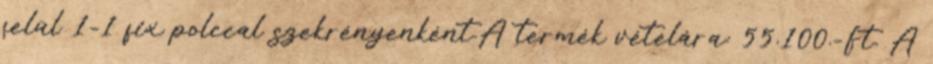
felül 1-1 fix polccal szekrényenként.A termék vételára: 55.100.-Ft. A